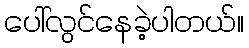
ပေါ်လွင်နေခဲ့ပါတယ်။